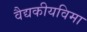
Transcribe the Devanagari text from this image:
वैद्यकीयविमा